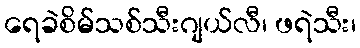
ရေခဲစိမ်သစ်သီးဂျယ်လီ၊ ဖရဲသီး၊